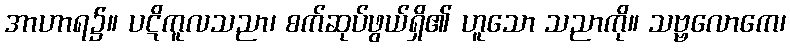
အာဟာရ၌။ ပဋိကူလသညာ၊ စက်ဆုပ်ဖွယ်ရှိ၏ ဟူသော သညာကို။ သဗ္ဗလောကေ၊